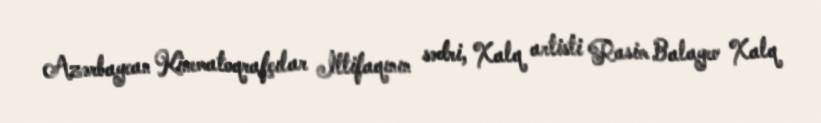
Azərbaycan Kinematoqrafçılar İttifaqının sədri, Xalq artisti Rasim Balayev Xalq